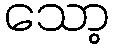
သော့